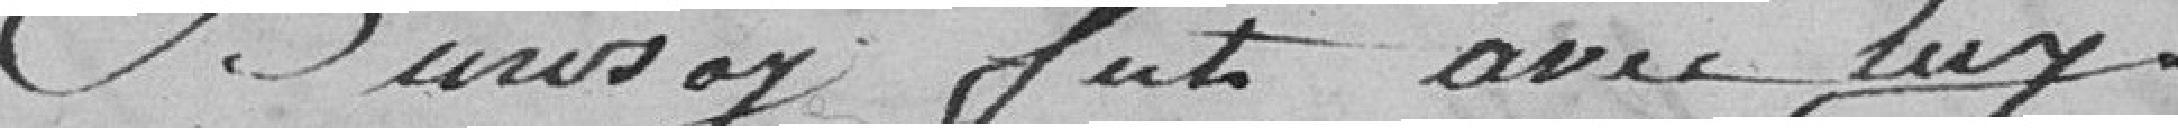
Duroy fut avec lui